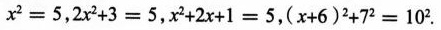
$ $ x ^ { 2 } = 5 $ $，$ $ 2 x ^ { 2 } + 3 = 5 $ $，$ $ x ^ { 2 } + 2 x + 1 = 5 $ $，$ $ ( x + 6 ) ^ { 2 } + 7 ^ { 2 } = 1 0 ^ { 2 } $ $ .